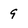
Character: 9